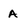
Character: A